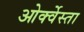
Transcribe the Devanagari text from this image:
ओर्क्वेस्ता